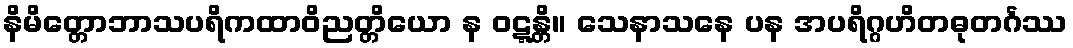
နိမိတ္တောဘာသပရိကထာဝိညတ္တိယော န ဝဋ္ဋန္တိ။ သေနာသနေ ပန အပရိဂ္ဂဟိတဓုတင်္ဂဿ